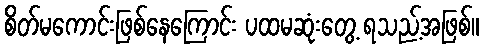
စိတ်မကောင်းဖြစ်နေကြောင်း ပထမဆုံးတွေ့ ရသည့်အဖြစ်။